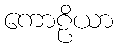
ကောဠိယာ